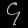
Digit: ၄